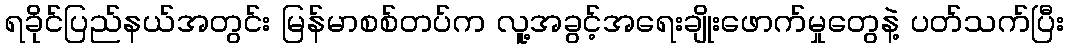
ရခိုင်ပြည်နယ်အတွင်း မြန်မာစစ်တပ်က လူ့အခွင့်အရေးချိုးဖောက်မှုတွေနဲ့ ပတ်သက်ပြီး